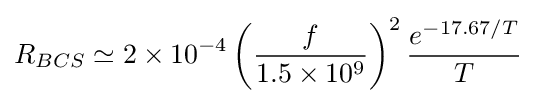
R_{BCS}\simeq 2\times 10^{-4}\left({\frac {f}{1.5\times 10^{9}}}\right)^{2}{\frac {e^{-17.67/T}}{T}}